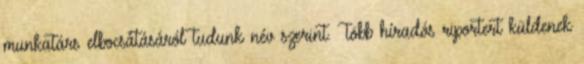
munkatárs elbocsátásáról tudunk név szerint. Több híradós riportert küldenek